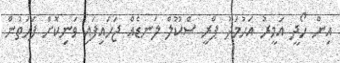
އިން ހޯދީ އަމީރު އަހުމަދު ޕްރީ ސްކޫލް ލަނޑެއް ޖަހައިފައި ވަނިކޮށް ފަހަތުން